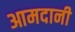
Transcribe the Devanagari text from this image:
आमदानी